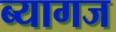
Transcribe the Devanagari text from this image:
ब्यागज